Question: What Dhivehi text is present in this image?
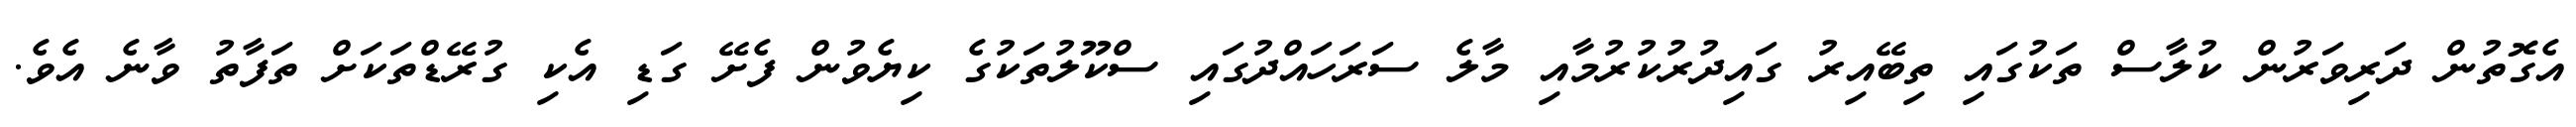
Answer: އެގޮތުން ދަރިވަރުން ކުލާސް ތަކުގައި ތިބޭއިރު ގައިދުރުކުރުމާއި މާލެ ސަރަހައްދުގައި ސްކޫލުތަކުގެ ކިޔެވުން ފެށޭ ގަޑި އެކި ގުރޭޑްތަކަށް ތަފާތު ވާނެ އެވެ.